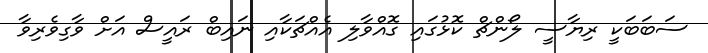
ސަބަބަކީ ރިޔާސީ ލޯންޗް ކޮޅުގައި ގޮއްވާލި އެއްޗަކާއި ނައިބް ރައީސް އަށް ވާގިވެރިވާ